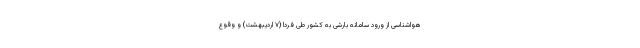
هواشناسی از ورود سامانه بارشی به کشور طی فردا (۷ اردیبهشت) و وقوع